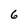
Character: 6